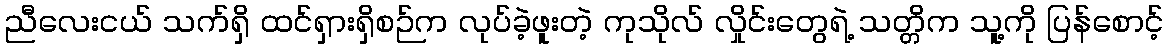
ညီလေးငယ် သက်ရှိ ထင်ရှားရှိစဉ်က လုပ်ခဲ့ဖူးတဲ့ ကုသိုလ် လှိုင်းတွေရဲ့ သတ္တိက သူ့ကို ပြန်စောင့်